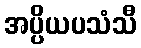
အပ္ပိယပသံသီ